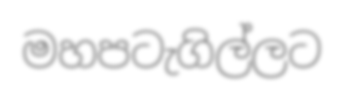
මහපටැගිල්ලට